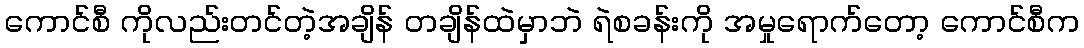
ကောင်စီ ကိုလည်းတင်တဲ့အချိန် တချိန်ထဲမှာဘဲ ရဲစခန်းကို အမှုရောက်တော့ ကောင်စီက